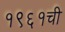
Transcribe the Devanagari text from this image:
१९६१ची